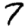
Digit: 7